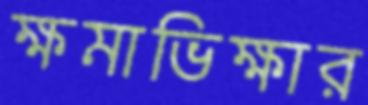
ক্ষমাভিক্ষার